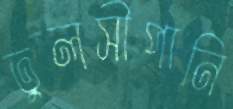
তুলসীপানি